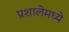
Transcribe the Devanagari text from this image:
प्रशालेमध्ये